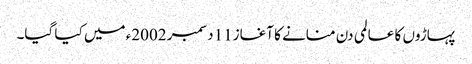
پہاڑوں کا عالمی دن منانے کا آغاز11 دسمبر 2002ء میں کیا گیا۔